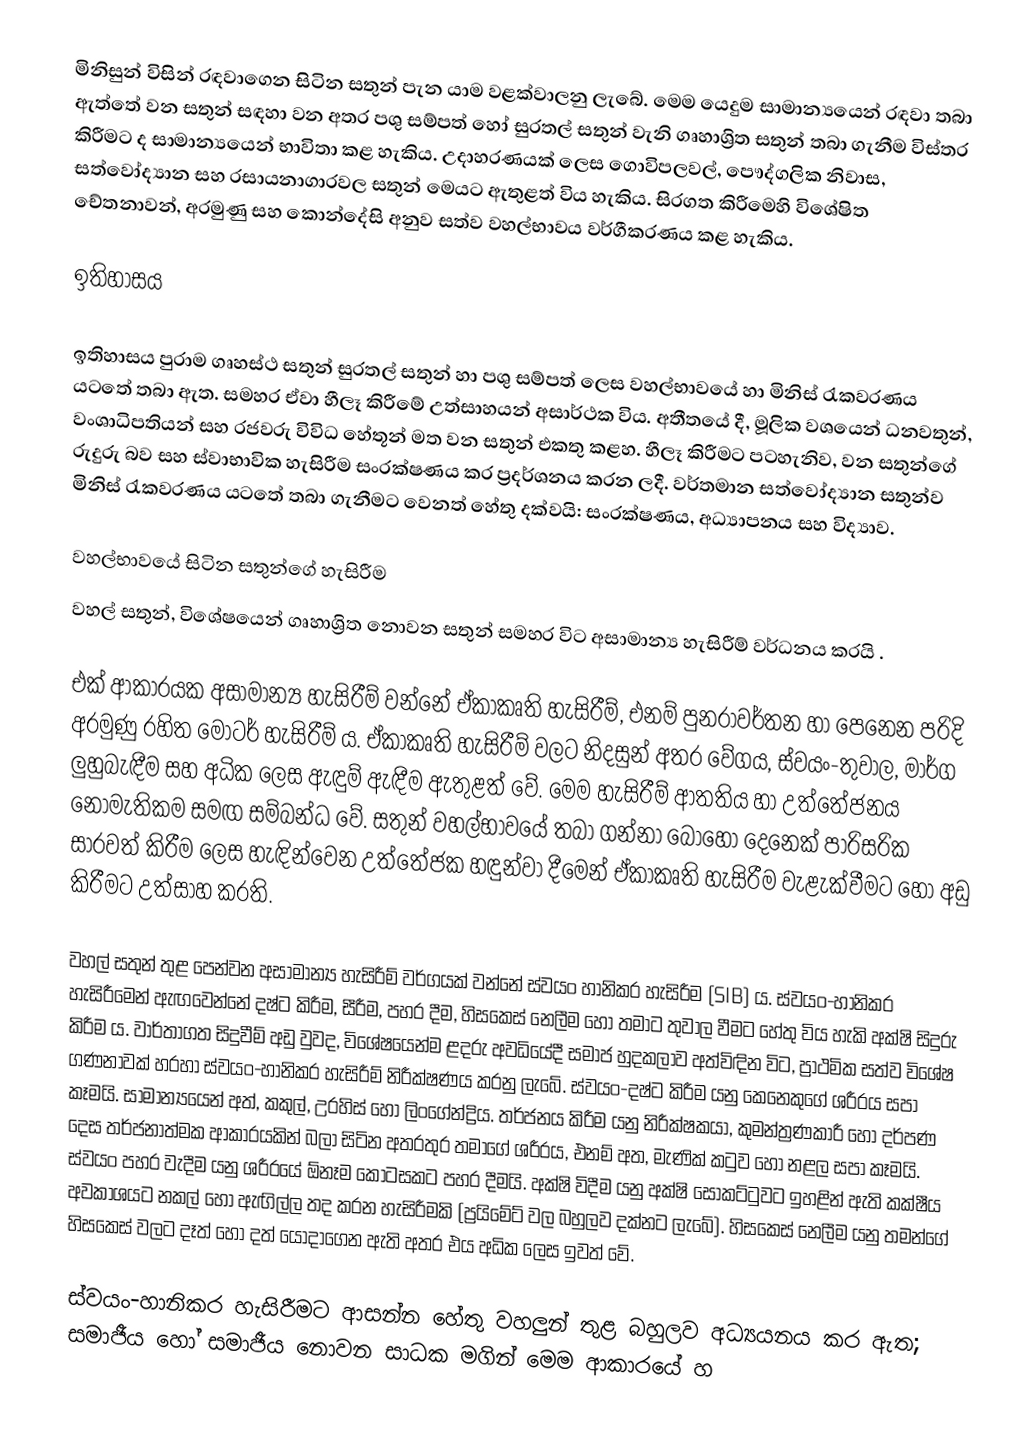
මිනිසුන් විසින් රඳවාගෙන සිටින සතුන් පැන යාම වළක්වාලනු ලැබේ. මෙම යෙදුම සාමාන්‍යයෙන් රඳවා තබා ඇත්තේ වන සතුන් සඳහා වන අතර පශු සම්පත් හෝ සුරතල් සතුන් වැනි ගෘහාශ්‍රිත සතුන් තබා ගැනීම විස්තර කිරීමට ද සාමාන්‍යයෙන් භාවිතා කළ හැකිය. උදාහරණයක් ලෙස ගොවිපලවල්, පෞද්ගලික නිවාස, සත්වෝද්‍යාන සහ රසායනාගාරවල සතුන් මෙයට ඇතුළත් විය හැකිය. සිරගත කිරීමෙහි විශේෂිත චේතනාවන්, අරමුණු සහ කොන්දේසි අනුව සත්ව වහල්භාවය වර්ගීකරණය කළ හැකිය.

ඉතිහාසය

ඉතිහාසය පුරාම ගෘහස්ථ සතුන් සුරතල් සතුන් හා පශු සම්පත් ලෙස වහල්භාවයේ හා මිනිස් රැකවරණය යටතේ තබා ඇත. සමහර ඒවා හීලෑ කිරීමේ උත්සාහයන් අසාර්ථක විය. අතීතයේ දී, මූලික වශයෙන් ධනවතුන්, වංශාධිපතියන් සහ රජවරු විවිධ හේතූන් මත වන සතුන් එකතු කළහ. හීලෑ කිරීමට පටහැනිව, වන සතුන්ගේ රුදුරු බව සහ ස්වාභාවික හැසිරීම සංරක්ෂණය කර ප්‍රදර්ශනය කරන ලදී. වර්තමාන සත්වෝද්‍යාන සතුන්ව මිනිස් රැකවරණය යටතේ තබා ගැනීමට වෙනත් හේතු දක්වයි: සංරක්ෂණය, අධ්‍යාපනය සහ විද්‍යාව.

වහල්භාවයේ සිටින සතුන්ගේ හැසිරීම
වහල් සතුන්, විශේෂයෙන් ගෘහාශ්‍රිත නොවන සතුන් සමහර විට අසාමාන්‍ය හැසිරීම් වර්ධනය කරයි .

එක් ආකාරයක අසාමාන්‍ය හැසිරීම් වන්නේ ඒකාකෘති හැසිරීම්, එනම් පුනරාවර්තන හා පෙනෙන පරිදි අරමුණු රහිත මෝටර් හැසිරීම් ය. ඒකාකෘති හැසිරීම් වලට නිදසුන් අතර වේගය, ස්වයං-තුවාල, මාර්ග ලුහුබැඳීම සහ අධික ලෙස ඇඳුම් ඇඳීම ඇතුළත් වේ. මෙම හැසිරීම් ආතතිය හා උත්තේජනය නොමැතිකම සමඟ සම්බන්ධ වේ. සතුන් වහල්භාවයේ තබා ගන්නා බොහෝ දෙනෙක් පාරිසරික සාරවත් කිරීම ලෙස හැඳින්වෙන උත්තේජක හඳුන්වා දීමෙන් ඒකාකෘති හැසිරීම වැළැක්වීමට හෝ අඩු කිරීමට උත්සාහ කරති.

වහල් සතුන් තුළ පෙන්වන අසාමාන්‍ය හැසිරීම් වර්ගයක් වන්නේ ස්වයං හානිකර හැසිරීම (SIB) ය. ස්වයං-හානිකර හැසිරීමෙන් ඇඟවෙන්නේ දෂ්ට කිරීම, සීරීම, පහර දීම, හිසකෙස් නෙලීම හෝ තමාට තුවාල වීමට හේතු විය හැකි අක්ෂි සිදුරු කිරීම ය. වාර්තාගත සිදුවීම් අඩු වුවද, විශේෂයෙන්ම ළදරු අවධියේදී සමාජ හුදකලාව අත්විඳින විට, ප්‍රාථමික සත්ව විශේෂ ගණනාවක් හරහා ස්වයං-හානිකර හැසිරීම් නිරීක්ෂණය කරනු ලැබේ.  ස්වයං-දෂ්ට කිරීම යනු කෙනෙකුගේ ශරීරය සපා කෑමයි. සාමාන්‍යයෙන් අත්, කකුල්, උරහිස් හෝ ලිංගේන්ද්‍රිය. තර්ජනය කිරීම යනු නිරීක්ෂකයා, කුමන්ත්‍රණකාරී හෝ දර්පණ දෙස තර්ජනාත්මක ආකාරයකින් බලා සිටින අතරතුර තමාගේ ශරීරය, එනම් අත, මැණික් කටුව හෝ නළල සපා කෑමයි. ස්වයං පහර වැදීම යනු ශරීරයේ ඕනෑම කොටසකට පහර දීමයි. අක්ෂි විදීම යනු අක්ෂි සොකට්ටුවට ඉහළින් ඇති කක්ෂීය අවකාශයට නකල් හෝ ඇඟිල්ල තද කරන හැසිරීමකි (ප්‍රයිමේට් වල බහුලව දක්නට ලැබේ). හිසකෙස් නෙලීම යනු තමන්ගේ හිසකෙස් වලට දෑත් හෝ දත් යොදාගෙන ඇති අතර එය අධික ලෙස ඉවත් වේ.

ස්වයං-හානිකර හැසිරීමට ආසන්න හේතු වහලුන් තුළ බහුලව අධ්‍යයනය කර ඇත; සමාජීය හෝ සමාජීය නොවන සාධක මගින් මෙම ආකාරයේ හ